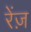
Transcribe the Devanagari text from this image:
रेंज़